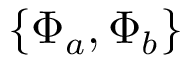
\{ \Phi _ { a } , \Phi _ { b } \}